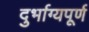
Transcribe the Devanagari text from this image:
दुर्भाग्‍यपूर्ण